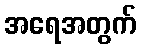
အရေအတွက်